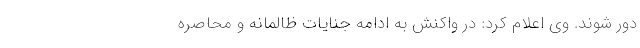
دور شوند. وی اعلام کرد: در واکنش به ادامه جنایات ظالمانه و محاصره